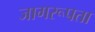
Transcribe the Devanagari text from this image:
जागरूपता